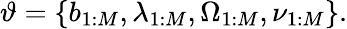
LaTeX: \vartheta=\left\{ b_{1:M},\lambda_{1:M},\Omega_{1:M},\nu_{1:M}\right\} .